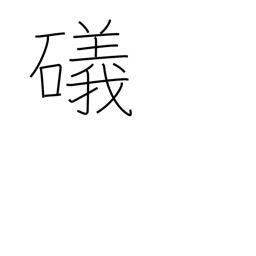
Meaning: shore